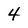
Character: 4